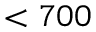
< 7 0 0